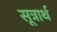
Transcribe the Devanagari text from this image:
सूत्रार्थ